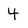
Character: 4